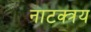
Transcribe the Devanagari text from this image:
नाटक्त्रय